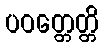
ပဝတ္တေတ္တိ